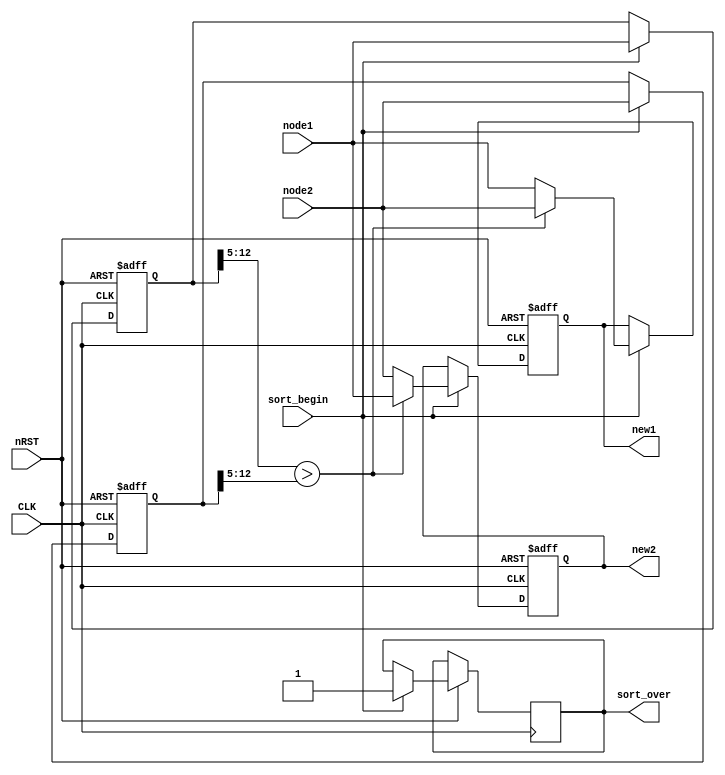
`timescale 1ns / 1ps
//////////////////////////////////////////////////////////////////////////////////
// Company: 
// Engineer: 
// 
// Design Name: 
// Module Name:    sort2 
// Project Name: 
// Target Devices: 
// Tool versions: 
// Description: 
//
// Dependencies: 
//
// Revision: 
// Revision 0.01 - File Created
// Additional Comments: 
//
//////////////////////////////////////////////////////////////////////////////////
module sort2(CLK,nRST,sort_begin,node1,node2,new1,new2,sort_over);
	input CLK;
	input nRST;
	input sort_begin;
	input [12:0] node1;
	input [12:0] node2;
	output [12:0] new1;
	output [12:0] new2;
	output sort_over;
	reg sort_over;
	
	reg [12:0] new1;
	reg [12:0] new2;
	
	reg [12:0] temp1;
	reg [12:0] temp2;
	
	always @ (posedge CLK or negedge nRST)
	begin 
		if(!nRST)
			begin
			new1 <= 13'b0;
			new2 <= 13'b0;
			temp1 <= 13'b0;
			temp2 <= 13'b0;
			end
		else
			begin
			if(sort_begin) begin
			temp1 <= node1;
			temp2 <= node2;
			if(temp1[12:5] > temp2[12:5])
				begin
				new1 <= node2;
				new2 <= node1;
				end
			else
				begin
				new2 <= node2;
				new1 <= node1;
				end
			sort_over <= #1 1'b1;
			end
			else ;
			end
	end
	
endmodule